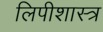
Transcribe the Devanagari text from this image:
लिपीशास्त्र